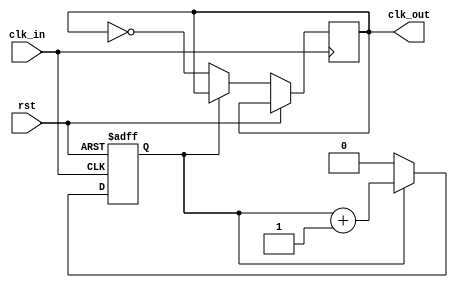
module clk_div(
	input clk_in,
	input rst,
	output clk_out
);
	parameter width = 1'b1;
	parameter n = 2;			//n2^width
	reg [width-1:0] cnt;		//
	reg clk_d;					//
	
	initial
	begin
		cnt = 0;
		clk_d = 0;
	end
	always @(posedge clk_in or posedge rst)
	begin
		if(rst)
			cnt <= 0;
		else if(cnt == n/2 - 1) //
			begin
			cnt <= 0;
			clk_d <= ~clk_d;	//0
			end
		else
			cnt <= cnt + 1'b1;
	end
	
	assign clk_out = clk_d;
	
endmodule